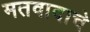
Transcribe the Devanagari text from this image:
मतवादाचे